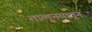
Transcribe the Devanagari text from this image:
तालु्नयातून